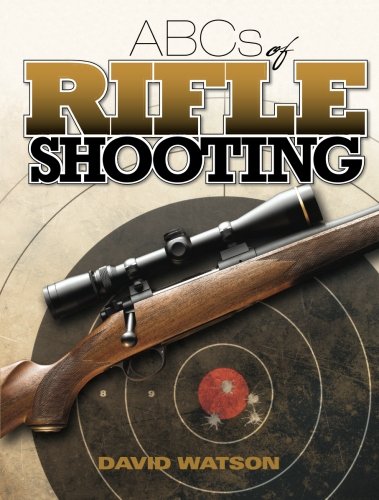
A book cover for ABCs of Rifle Shooting; David Watson; Reference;